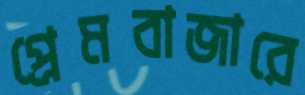
প্রেমবাজারে